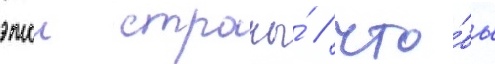
этои страны́ / что́бы